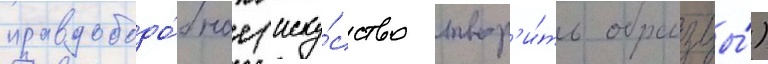
правдоподо́бное (иску́сство твор'и́ть образцы́)